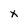
Character: x